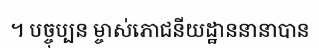
។ បច្ចុប្បន ម្ចាស់ភោជនីយដ្ឋាននានាបាន